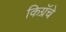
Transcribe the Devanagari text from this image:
किग्रॅचे